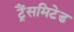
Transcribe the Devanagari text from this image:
ट्रैंसमिटेड